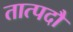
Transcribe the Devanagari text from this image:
तात्पदौ